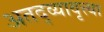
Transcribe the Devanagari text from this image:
अतद्व्यावृत्त्या